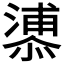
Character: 𪬬